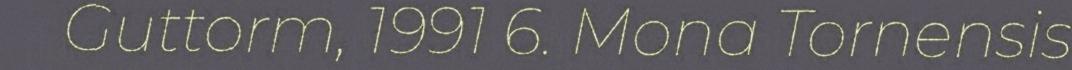
Guttorm, 1991 6. Mona Tornensis